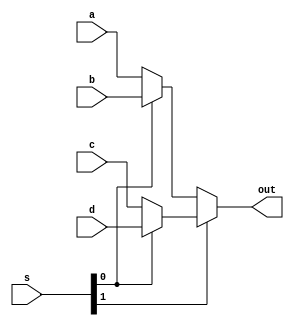
module mux4 # (parameter WIDTH = 8)
              (input  [WIDTH-1:0] a, b, c, d,
               input  [1:0]       s,
               output [WIDTH-1:0] out);
            
    assign out = s[1] ? (s[0] ? d : c) : (s[0] ? b : a);
endmodule